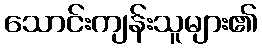
သောင်းကျန်းသူများ၏